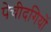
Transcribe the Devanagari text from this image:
पेचीदगियों